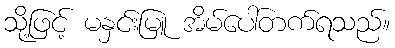
သို့ဖြင့် မနှင်းမြူ အိမ်ပေါ်တက်ရသည်။